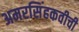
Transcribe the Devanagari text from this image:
अमरसिंहकवीची